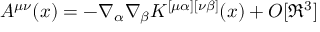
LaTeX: A ^ { \mu \nu } ( x ) = - \nabla _ { \alpha } \nabla _ { \beta } K ^ { [ \mu \alpha ] [ \nu \beta ] } ( x ) + O [ \Re ^ { 3 } ]